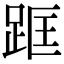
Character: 𨀕